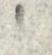
.